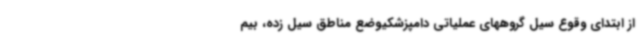
از ابتدای وقوع سیل گروههای عملیاتی دامپزشکیوضع مناطق سیل زده، بیم